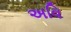
અવિ